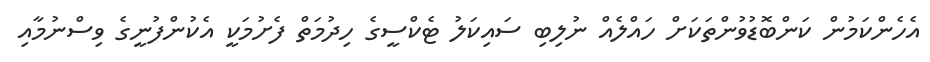
އެހެންކަމުން ކަންބޮޑުވުންތަކަށް ހައްލެއް ނުލިބި ސައިކަލު ޓެކްސީގެ ހިދުމަތް ފެށުމަކީ އެކުންފުނީގެ ވިސްނުމާއި